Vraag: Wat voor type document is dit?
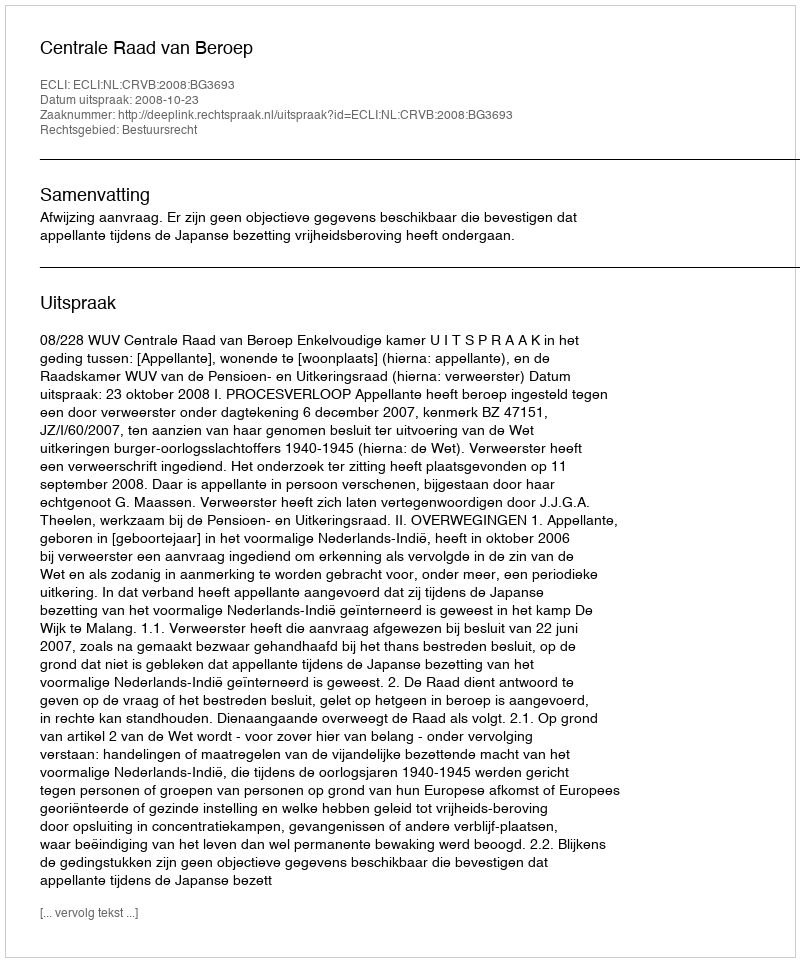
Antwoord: Uitspraak